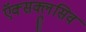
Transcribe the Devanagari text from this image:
ऍक्सक्लूसिव